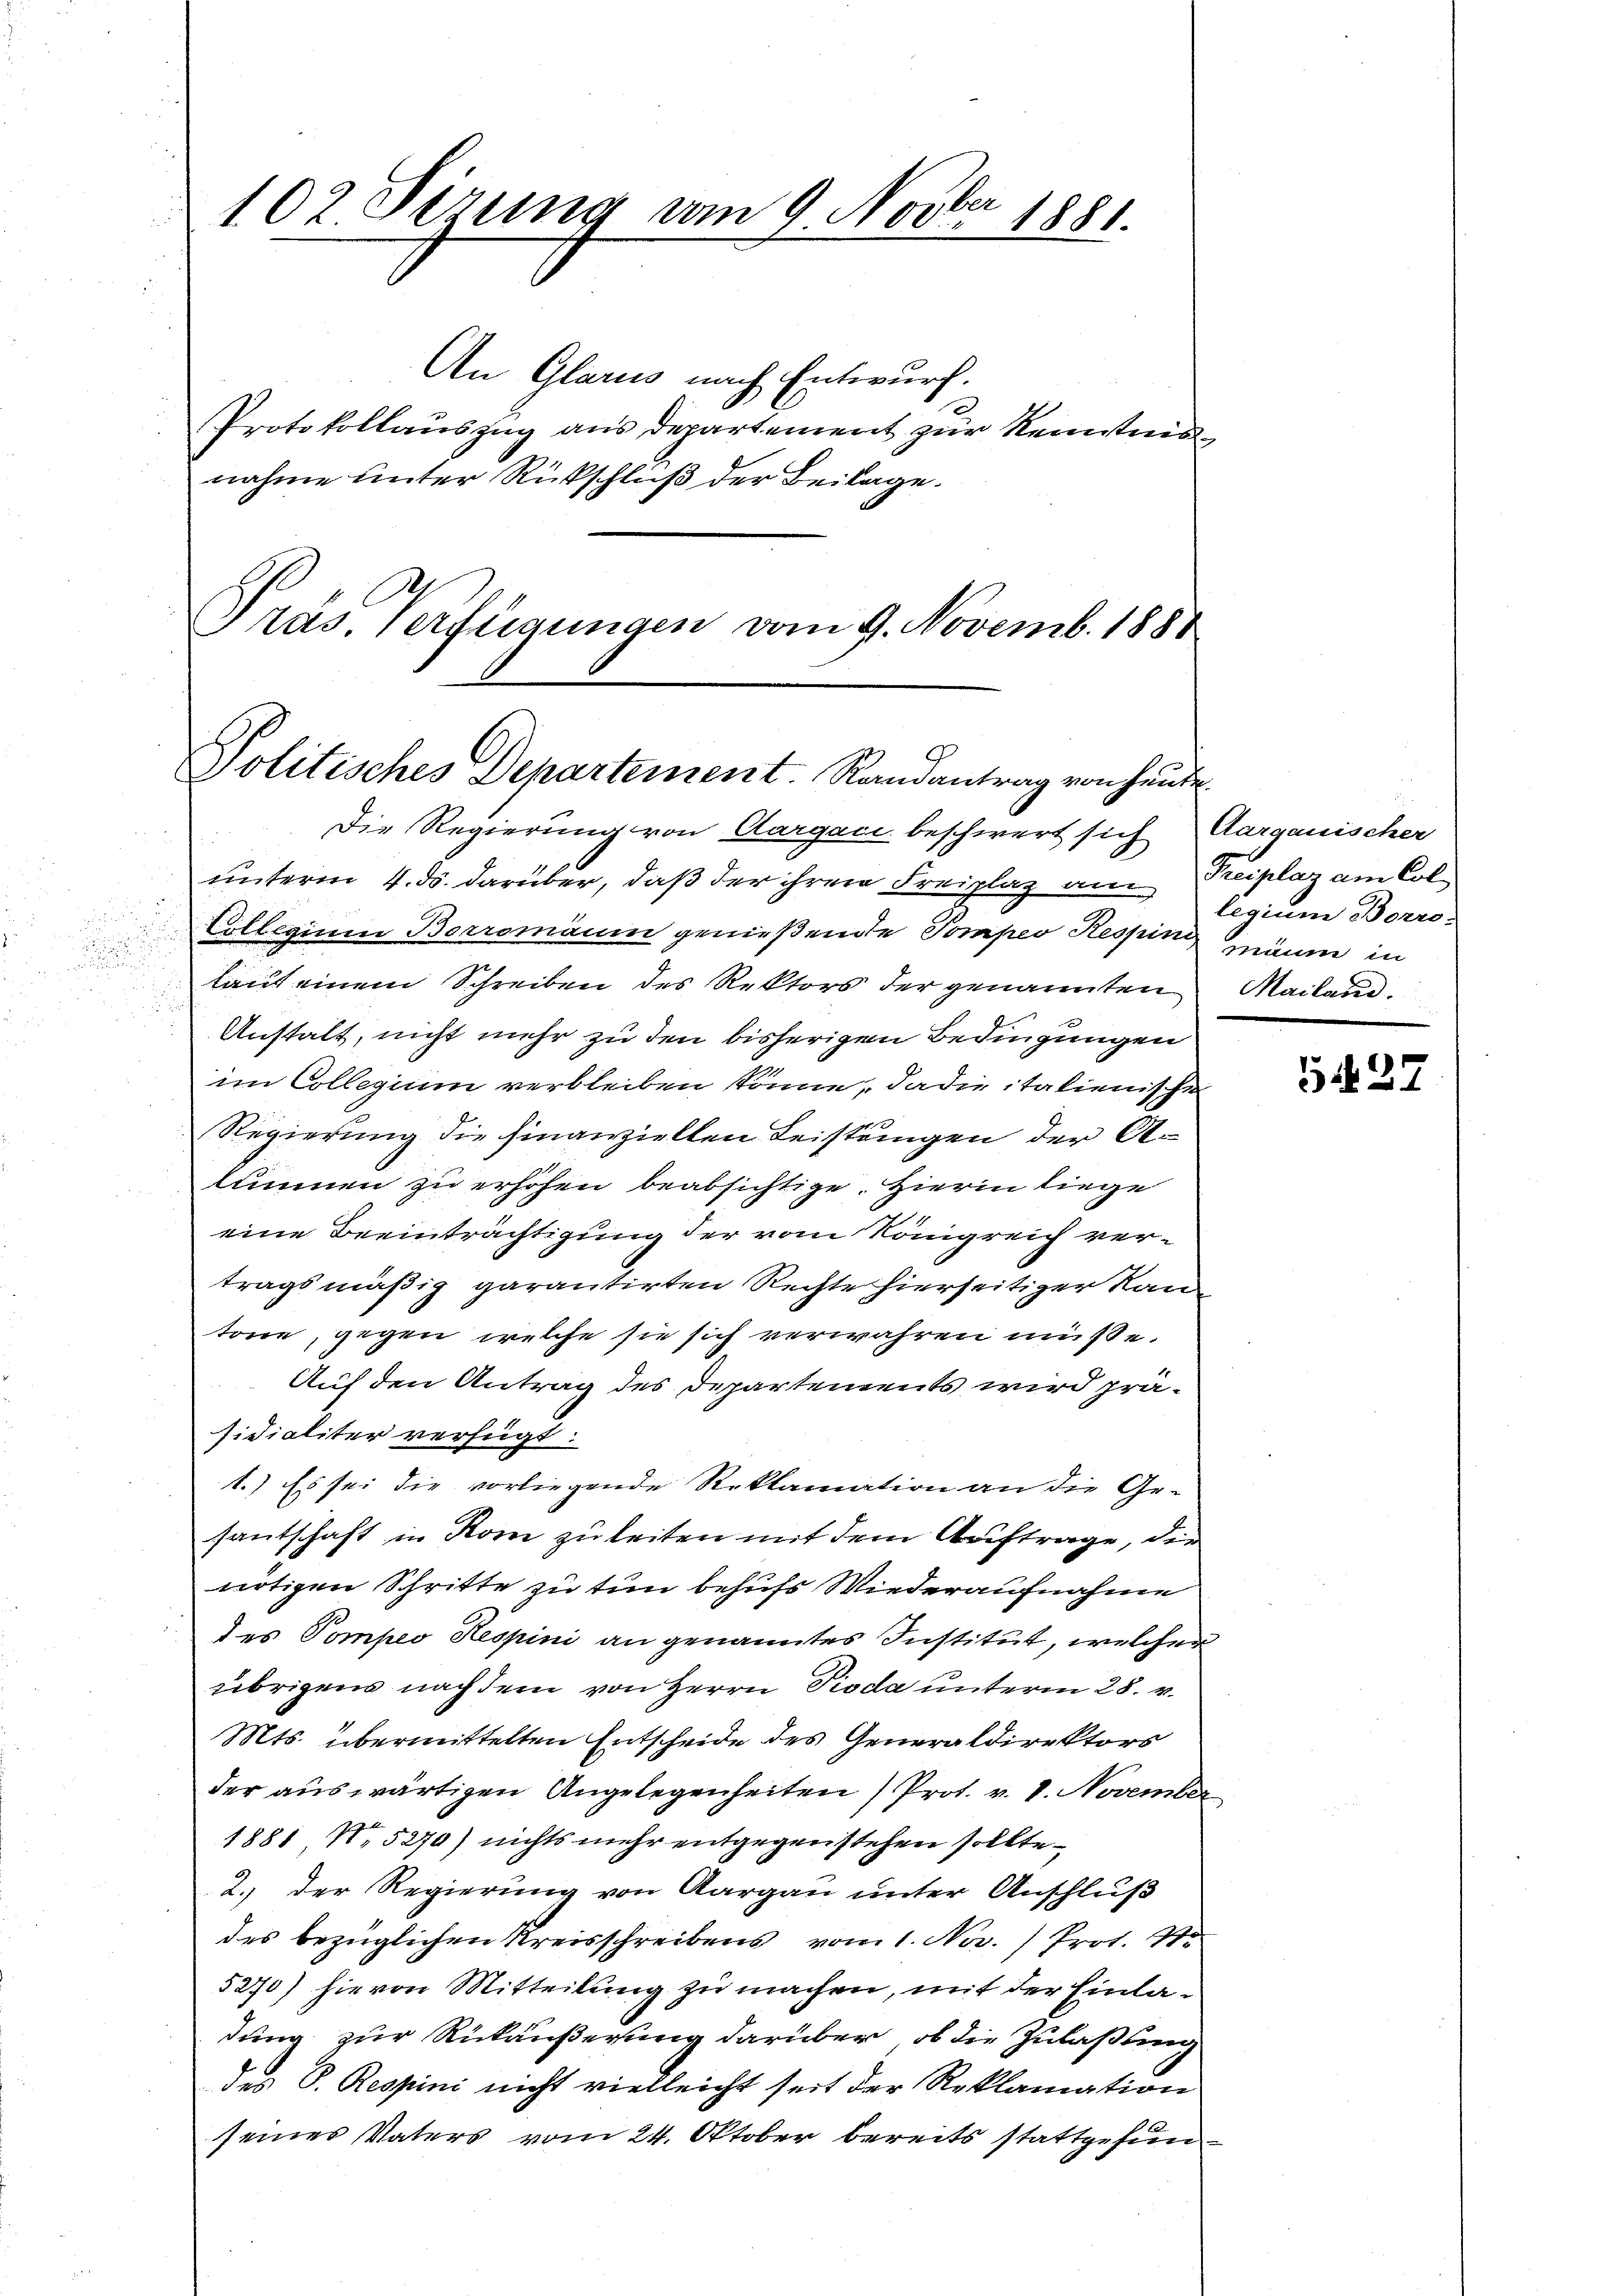
102 Sirung vom 9. Novber 1881.

An Glarus nach Entwurf.
Protokollauszug aus Departement zur Kenntnis
nahme unter Rückschluß der Beilage.
Pras Verfügungen vom 9. Novemb. 1881

Politisches Departement. Randantrag von heute.

Die Regierung von Aargaci beschwert sich Aargauischer
unterm 4. ds. darüber, daß der ihren Freiplaz am Preiplaz am Col¬
Collegium Borromaum genießende Pompes Respinzäum in
laut einem Schreiben des Rektors der genannten Mailand.
Anstalt, nicht mehr zu den bisherigen Bedingungen
im Collegium verbleiben könne, da die italienische
Regierung die finanzielten Leistungen der A
simmen zu erhöhen beabsichtige. Hierin liege
eine Beeinträchtigung der vom Königreich vertragsmäßig garantirten Rechte hierseitiger Kantone, gegen welche sie sich verwahren müsse.
Auf den Antrag des Departements wird präsidialiter verfügt:
1.) Es sei die vorliegende Reklamation an die Gesantschaft in Rom zu leiten mit dem Auftrage, die
nötigen Schritte zu tun behufs Wiederaufnahme
des Pompeo Respini an genanntes Institut, welcher
übrigens nach dem von Herrn Pioda unterm 28. v.
Mts. übermittelten Entscheide des Generaldirektors
der auswärtigen Angelegenheiten Prot. v. 1. November
1881 15270) nichts mehr entgegenstehen sollte.
2.) Der Regierung von Aargau unter Anschluß
des bezüglichen Kreisschreibens vom 1. Nov. / Prot. 21.
5270) hievon Mitteilung zu machen, mit der Einladung zur Rückäußerung darüber, ob die Zulaßung
des S. Respini nicht vielleicht seit der Reklamation
seines Vaters vom 24. Oktober bereits stattgefun¬

legium Berro

5427